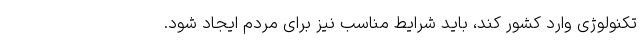
تکنولوژی وارد کشور کند، باید شرایط مناسب نیز برای مردم ایجاد شود.